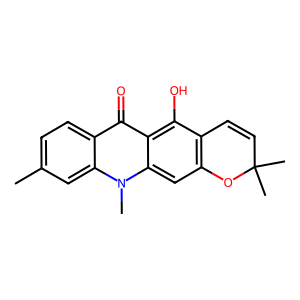
SMILES: Cc1ccc2c(=O)c3c(O)c4c(cc3n(C)c2c1)OC(C)(C)C=C4
Inhibits HIV replication: No